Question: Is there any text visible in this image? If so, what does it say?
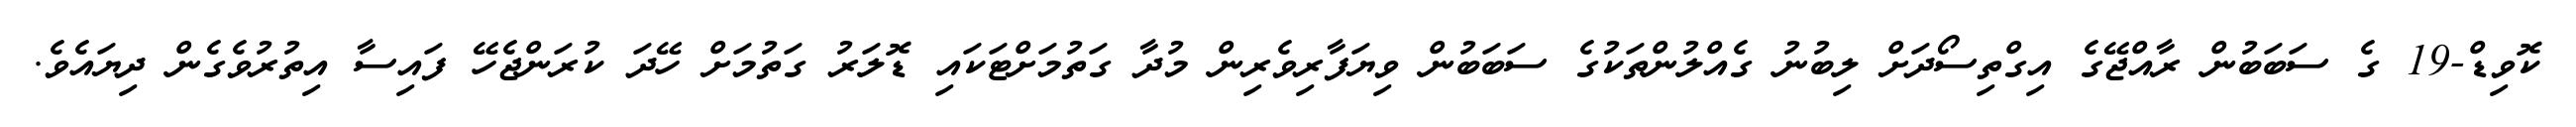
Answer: ކޮވިޑް-19 ގެ ސަބަބުން ރާއްޖޭގެ އިގްތިސޯދަށް ލިބުނު ގެއްލުންތަކުގެ ސަބަބުން ވިޔަފާރިވެރިން މުދާ ގަތުމަށްޓަކައި ޑޮލަރު ގަތުމަށް ހޭދަ ކުރަންޖެހޭ ފައިސާ އިތުރުވެގެން ދިޔައެވެ.